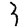
Digit: 3